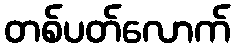
တစ်ပတ်လောက်